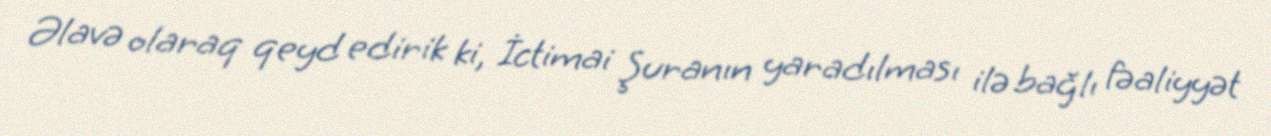
Əlavə olaraq qeyd edirik ki, İctimai Şuranın yaradılması ilə bağlı fəaliyyət